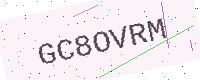
Text: GC8OVRM